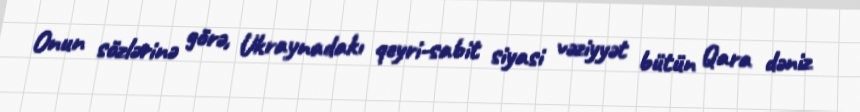
Onun sözlərinə görə, Ukraynadakı qeyri-sabit siyasi vəziyyət bütün Qara dəniz